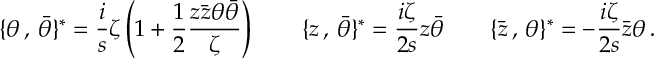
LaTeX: \{ \theta \, , \, \bar { \theta } \} ^ { \ast } = \frac { i } { s } \zeta \left( 1 + \frac { 1 } { 2 } \frac { z \bar { z } \theta \bar { \theta } } { \zeta } \right) \qquad \{ z \, , \, \bar { \theta } \} ^ { \ast } = \frac { i \zeta } { 2 s } z \bar { \theta } \qquad \{ \bar { z } \, , \, \theta \} ^ { \ast } = - \frac { i \zeta } { 2 s } \bar { z } \theta \, .